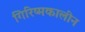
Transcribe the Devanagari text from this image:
गिरिष्मकालीन